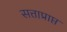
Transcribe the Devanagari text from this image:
सत्ताप्राप्त